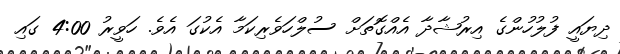
ދިޔައީ ފުލުހުންގެ އިރުޝާދާ އެއްގޮތަށް ސުލްހަވެރިކަމާ އެކުގަ އެވެ. ހަވީރު 4:00 ގައި